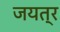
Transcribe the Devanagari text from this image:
जयत्र